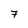
Character: 7